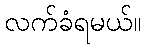
လက်ခံရမယ်။